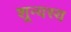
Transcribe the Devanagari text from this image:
शून्यस्य